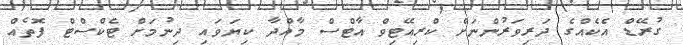
ގުރޭޑް އެކެއްގެ ދަރިވަރުންނަށް ކްރިއޭޓިވް އާޓްސް މާއްދާ ކިޔަވައި ދިނުމަށް ޓެކްސްޓް ފޮތެއް